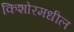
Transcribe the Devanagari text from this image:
किशोरमधील